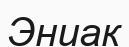
Эниак